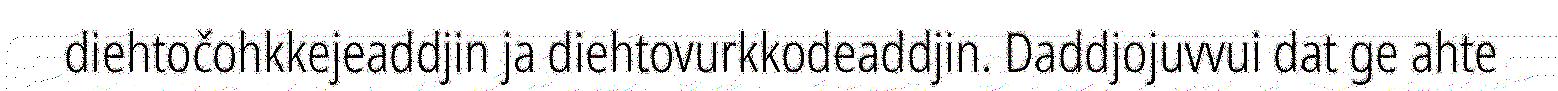
diehtočohkkejeaddjin ja diehtovurkkodeaddjin. Daddjojuvvui dat ge ahte